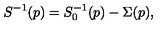
S ^ { - 1 } ( p ) = S _ { 0 } ^ { - 1 } ( p ) - \Sigma ( p ) ,